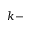
k -